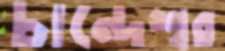
চান্দেশ্বর